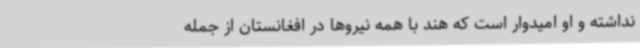
نداشته و او امیدوار است که هند با همه نیروها در افغانستان از جمله